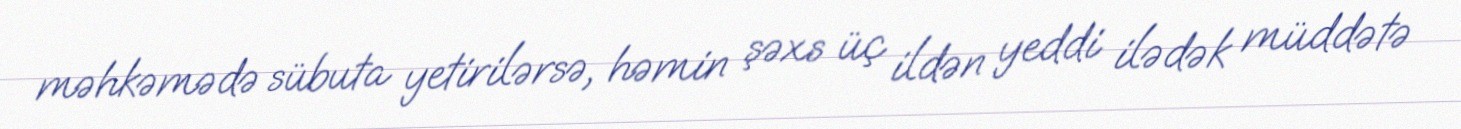
məhkəmədə sübuta yetirilərsə, həmin şəxs üç ildən yeddi ilədək müddətə